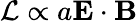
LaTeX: \mathcal{L}\propto a\mathbf{E}\cdot\mathbf{B}